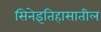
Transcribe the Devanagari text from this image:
सिनेइतिहासातील